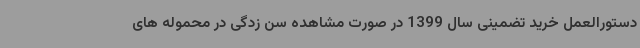
دستورالعمل خرید تضمینی سال 1399 در صورت مشاهده سن زدگی در محموله های